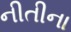
નીતીના